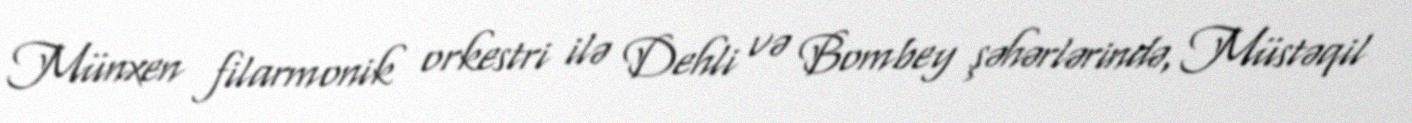
Münxen filarmonik orkestri ilə Dehli və Bombey şəhərlərində, Müstəqil